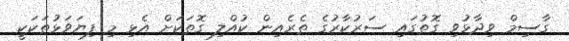
ގާސިމް ވިދާޅުވި ގޮތުގައި ސަރުކާރުގެ ތެރެއިން ކުއްލި ގޮތަކަށް އެޅި މި ފިޔަވަޅުތަކަކީ